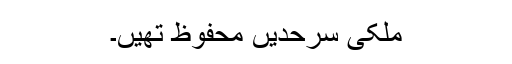
ملکی سرحدیں محفوظ تھیں۔